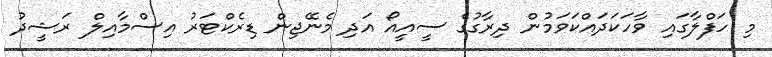
މި ހަފްލާގައި ވާހަކަދައްކަވަމުން ދިރާގުގެ ސީއީއޯ އަދި މެނޭޖިން ޑިރެކްޓަރު އިސްމާއިލް ރަޝީދު